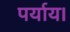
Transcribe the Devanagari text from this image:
पर्याय।